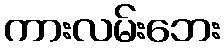
ကားလမ်းဘေး